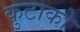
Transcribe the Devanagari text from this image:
कुटाको